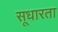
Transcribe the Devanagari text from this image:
सूधारता